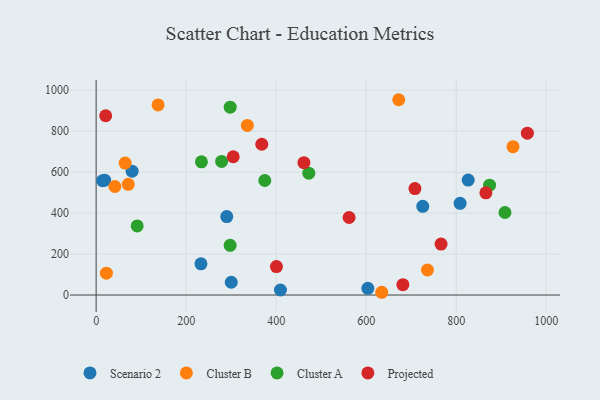
{"axis": {"x": "Ad Spend", "y": "Profit"}, "legend": ["Cluster A", "Cluster B", "Projected", "Scenario 2"], "data": [{"x": "79.9", "y": 604.6, "type": "Scenario 2"}, {"x": "290.2", "y": 383.3, "type": "Scenario 2"}, {"x": "725.7", "y": 433.4, "type": "Scenario 2"}, {"x": "232.9", "y": 152.3, "type": "Scenario 2"}, {"x": "603.7", "y": 32.6, "type": "Scenario 2"}, {"x": "808.6", "y": 447.7, "type": "Scenario 2"}, {"x": "300.2", "y": 62.3, "type": "Scenario 2"}, {"x": "18.9", "y": 560.9, "type": "Scenario 2"}, {"x": "14.4", "y": 558.3, "type": "Scenario 2"}, {"x": "409.5", "y": 24.4, "type": "Scenario 2"}, {"x": "826.6", "y": 561.5, "type": "Scenario 2"}, {"x": "64.4", "y": 644.5, "type": "Cluster B"}, {"x": "335.9", "y": 828.2, "type": "Cluster B"}, {"x": "926.2", "y": 724.4, "type": "Cluster B"}, {"x": "22.8", "y": 106.7, "type": "Cluster B"}, {"x": "672.3", "y": 953.8, "type": "Cluster B"}, {"x": "137.6", "y": 928.2, "type": "Cluster B"}, {"x": "736.1", "y": 122.3, "type": "Cluster B"}, {"x": "634.5", "y": 13.4, "type": "Cluster B"}, {"x": "41.6", "y": 529.9, "type": "Cluster B"}, {"x": "71.3", "y": 540.5, "type": "Cluster B"}, {"x": "374.7", "y": 559.3, "type": "Cluster A"}, {"x": "297.7", "y": 242.7, "type": "Cluster A"}, {"x": "278.8", "y": 652.6, "type": "Cluster A"}, {"x": "472.5", "y": 595.0, "type": "Cluster A"}, {"x": "297.8", "y": 917.6, "type": "Cluster A"}, {"x": "91.2", "y": 337.4, "type": "Cluster A"}, {"x": "908.3", "y": 403.0, "type": "Cluster A"}, {"x": "874.1", "y": 536.3, "type": "Cluster A"}, {"x": "234.0", "y": 650.5, "type": "Cluster A"}, {"x": "21.2", "y": 875.5, "type": "Projected"}, {"x": "708.3", "y": 519.7, "type": "Projected"}, {"x": "958.1", "y": 790.3, "type": "Projected"}, {"x": "865.9", "y": 498.9, "type": "Projected"}, {"x": "562.0", "y": 378.7, "type": "Projected"}, {"x": "368.0", "y": 736.3, "type": "Projected"}, {"x": "304.5", "y": 675.4, "type": "Projected"}, {"x": "400.6", "y": 139.0, "type": "Projected"}, {"x": "766.3", "y": 248.6, "type": "Projected"}, {"x": "461.6", "y": 646.3, "type": "Projected"}, {"x": "681.5", "y": 50.4, "type": "Projected"}]}